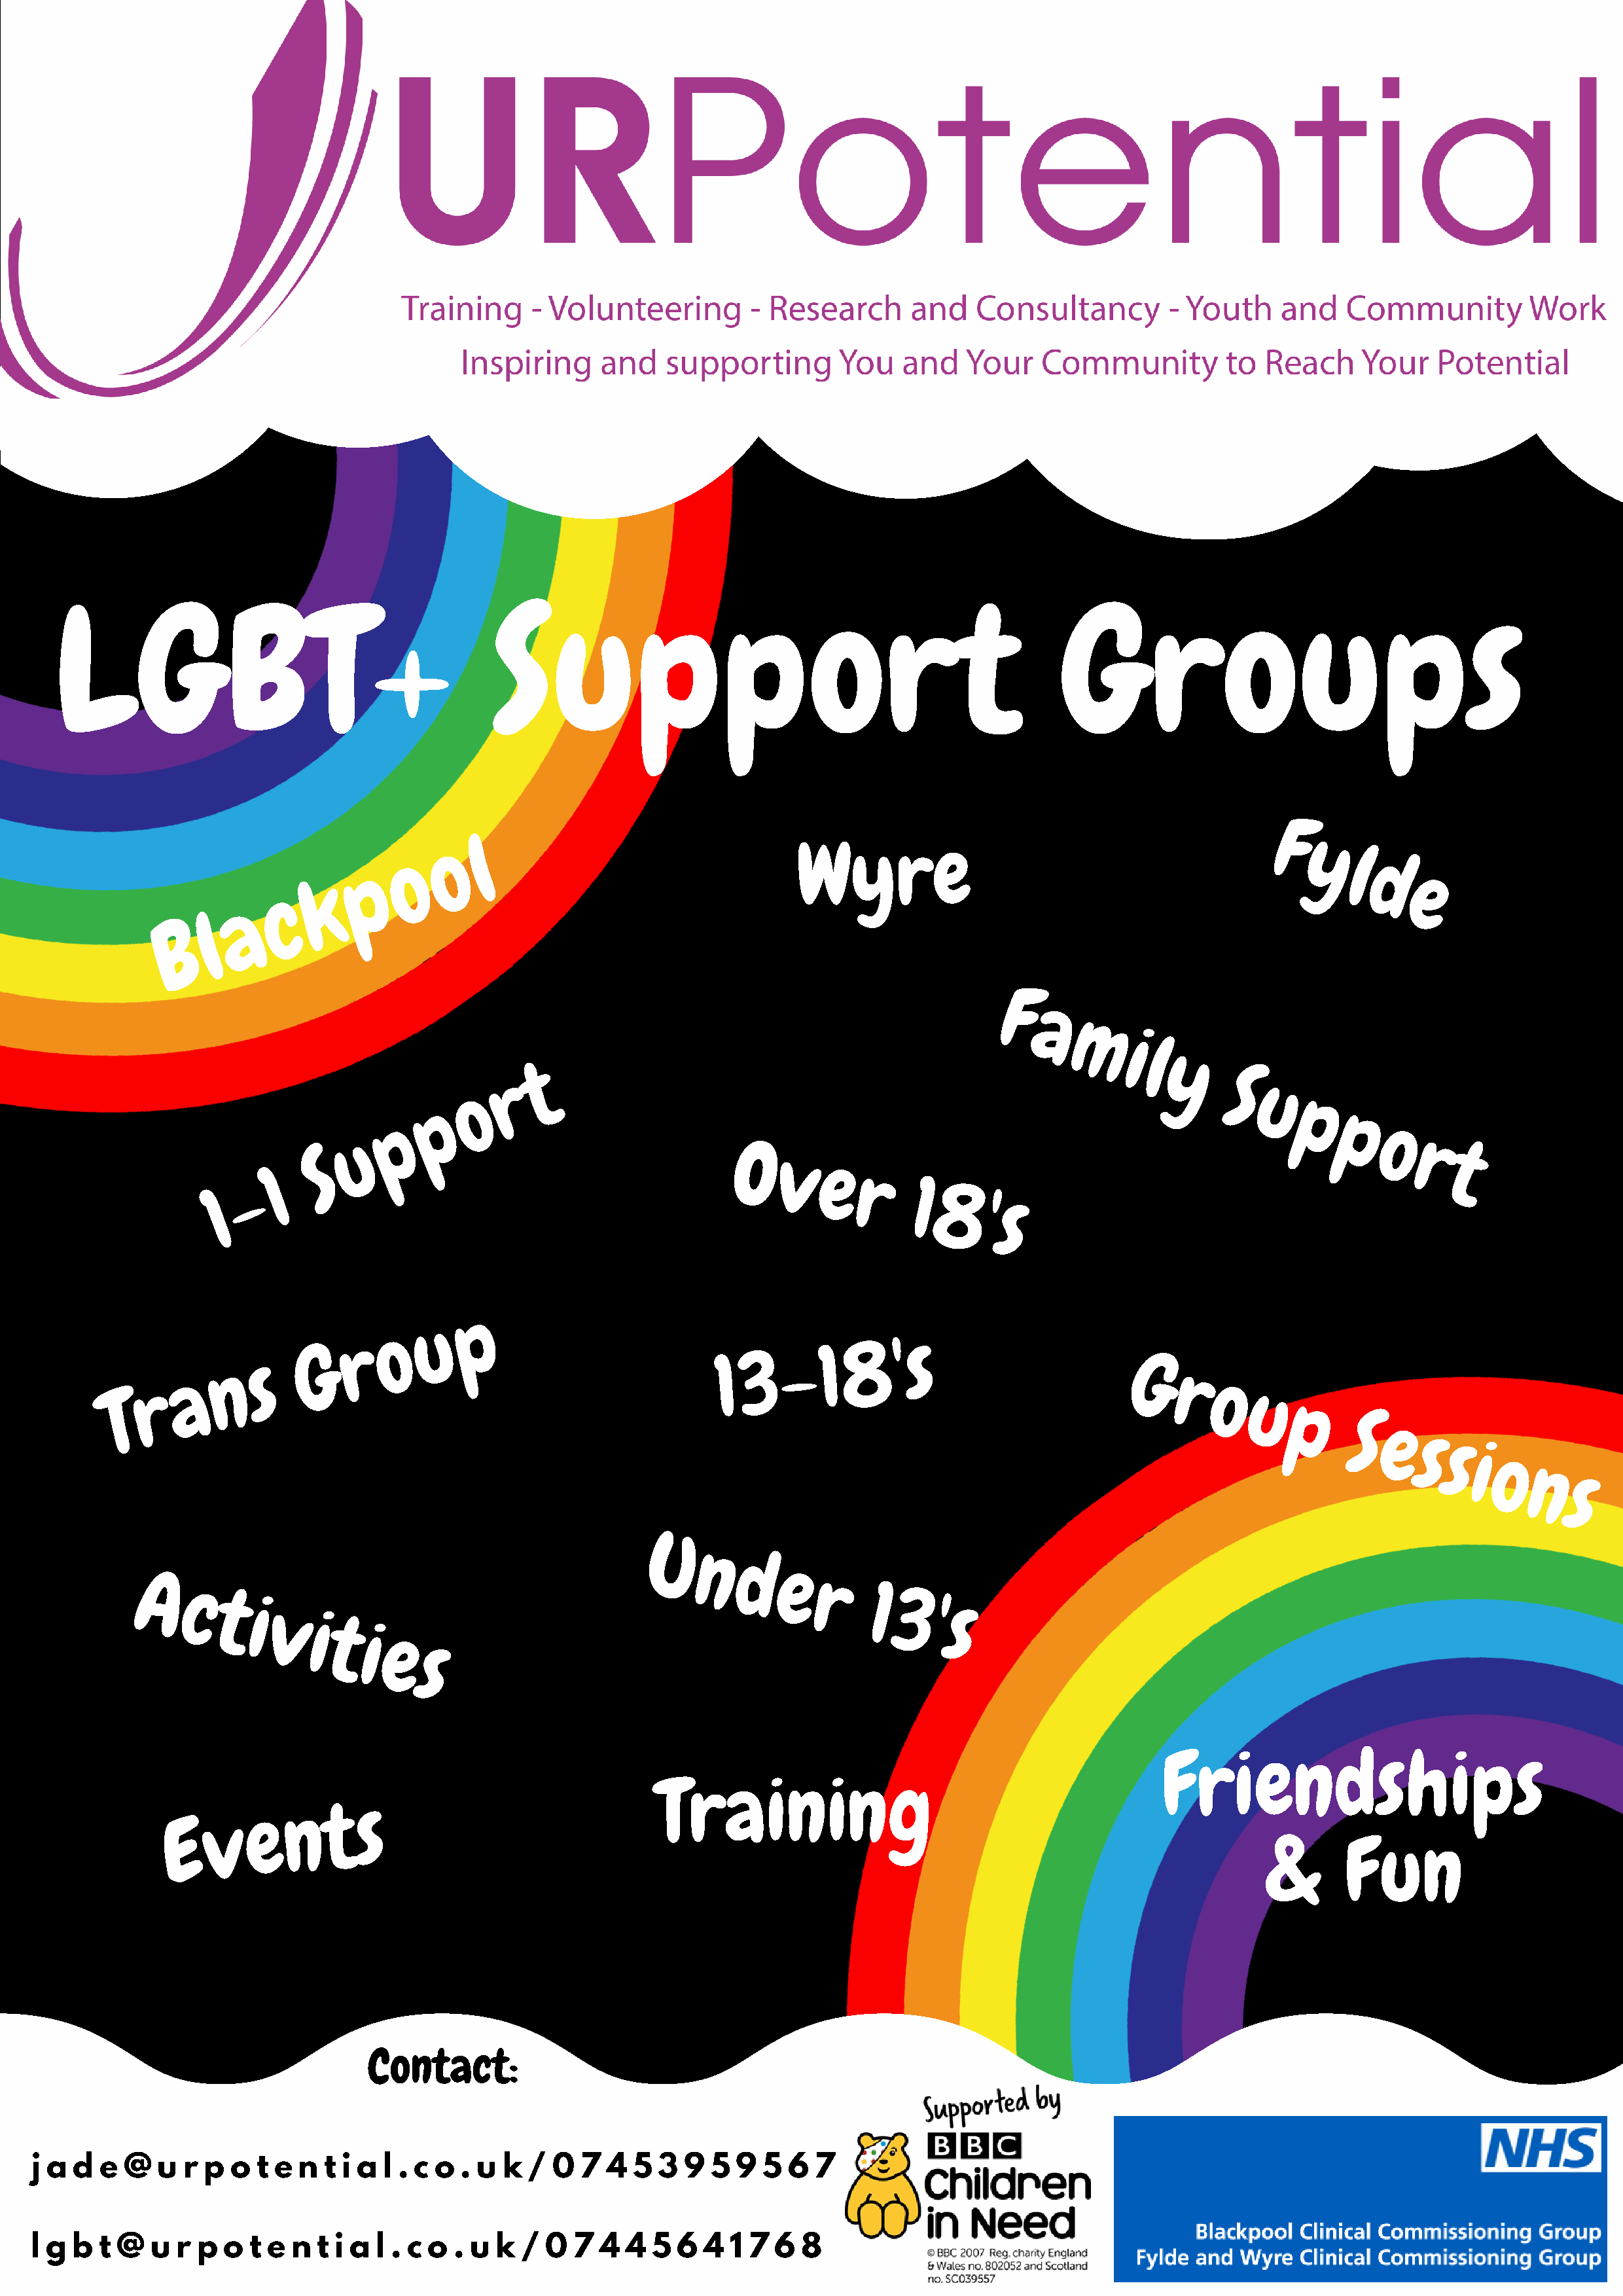
LGBT+                                       Support                                                  Groups
 F
 l
 o                                   Wyre                                              y
 o                                                                                             l
 p                                                                                                    d
 k                                                                                                            e
 c
 a
 l
 B
 F
 a
 m
 i
 l
 t                                                            y
 r                                                                      S
 o                                                                             u
 p                                                                                     p
 p                                                                                             p
 u                                                                                                     o
 r
 S                                       O                                                                       t
 v
 1                                                     e
 -                                                            r
 1
 1                                                                       8'
 s
 p
 u
 o
 s    G    r                                    1 3   -   1  8    ' s
 n                                                                                          G
 a                                                                                                   r
 r                                                                                                         o
 T                                                                                                                 u
 p
 S
 e
 s
 s
 i
 o
 n
 s
 U
 n
 d
 e
 A                                                                   r
 c                                                                     1
 t
 i
 3'
 s
 v
 i
 t
 i
 e
 s
 Friendships
 Training
 E   v   e   n   t   s
 &       Fun
 Contact:
 j a d  e @   u  r p o  t e n  t i a l . c o . u k /  0  7 4  5  3 9  5 9  5  6 7
 l g b  t @  u  r p  o t e n  t i a l . c o . u k  / 0  7  4 4  5 6  4  1 7 6  8